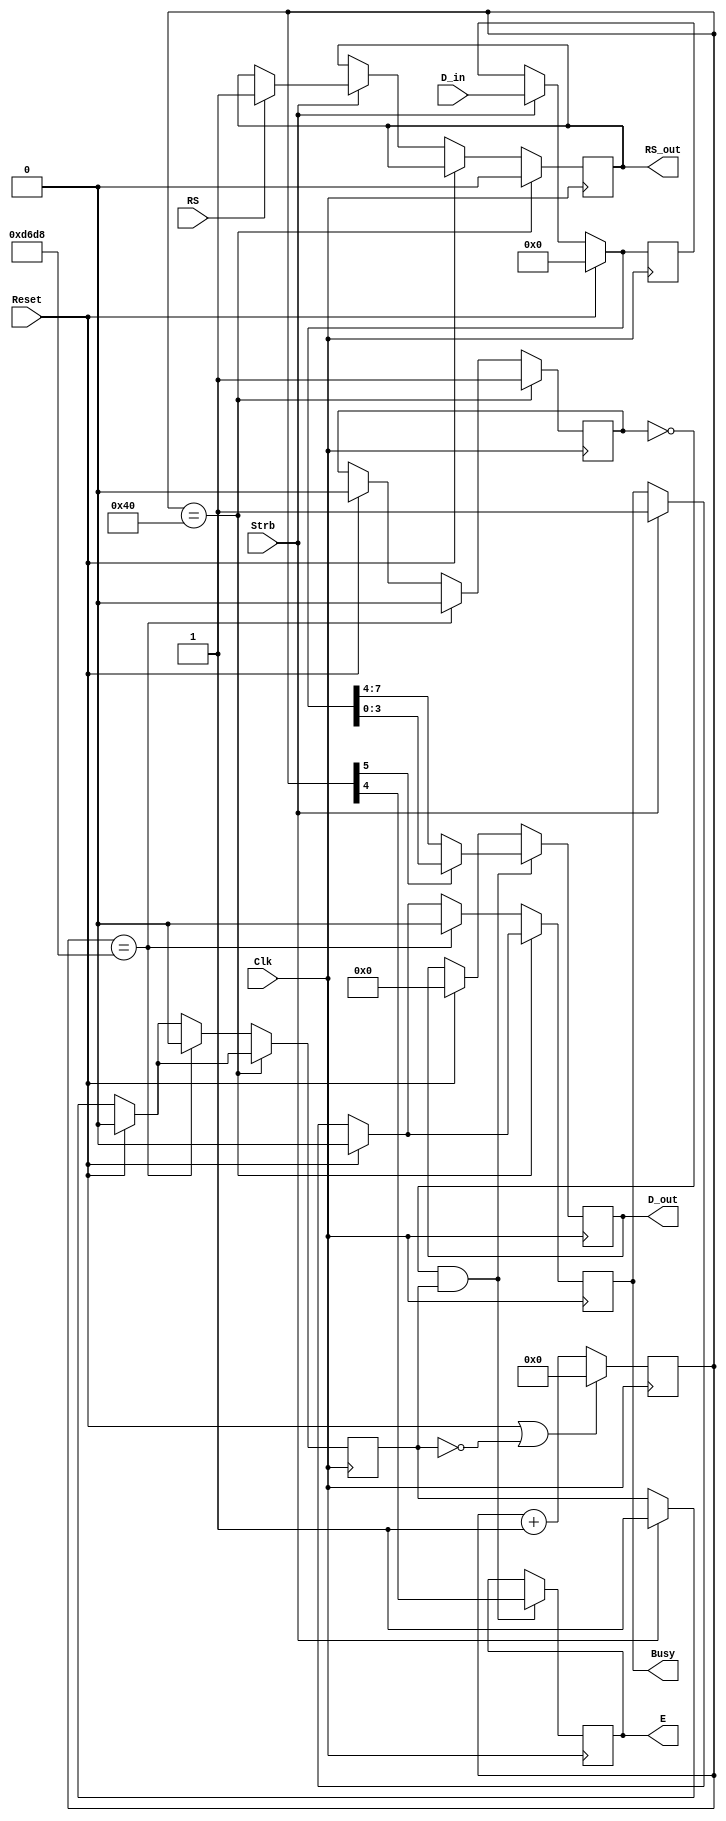
//Clock is 27Mhz 
module LCD_write(Clk, Strb, Reset, D_in, D_out, E, Busy, RS_out, RS);
	 
    output reg	         E;
    input			      Clk,Reset,Strb,RS;
    input      [7:0]    D_in;
    output reg	         Busy, RS_out;
    output reg [3:0]    D_out;

    parameter           DlyTime = 55000;   // 2ms delay @ 27MHz

    reg 	[16:0]         counter;
    reg 	[7:0]          Data;
    reg                 Enb, Dlbit;


    always @(posedge Clk) begin
		 if(Reset | !Enb)
		    counter <= 0;
		 else
		    counter <= counter + 1;
    end 


    always @ (negedge Clk) begin
	    if(Reset) begin
		     Data = 0;
			  Enb <= 0;
			  Dlbit <= 0;
			  D_out <= 0;
			  Busy <= 0;
		  end	else if(Strb) begin
			  Data = D_in[7:0];
			  Enb <= 1;
			  Busy <= 1;
			  if(RS) RS_out <= 1;
		  end
		
		  if(counter == 7'b100_0000) begin
			  Dlbit <= 1;
			  RS_out <= 0;
		  end	else if(counter == DlyTime) begin
			  Dlbit <= 0;
			  Enb <= 0;
			  Busy <= 0;
		  end

        if((Dlbit == 0)&&(Enb == 1)) begin
			  E <= counter[4];
		     if(counter[5] == 0)
			     D_out <= Data[7:4];
		     else
			     D_out <= Data[3:0];
		  end
   end
endmodule